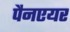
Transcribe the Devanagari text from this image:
पैनएयर